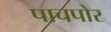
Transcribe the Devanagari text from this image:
पाचपोर